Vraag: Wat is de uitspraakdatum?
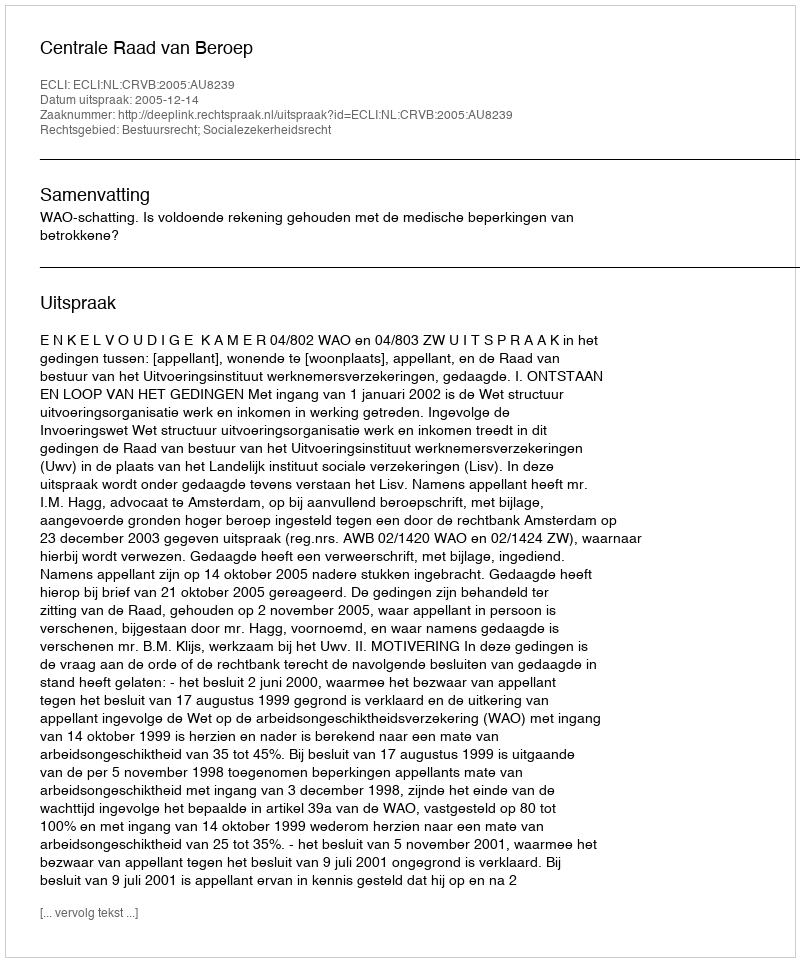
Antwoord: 2005-12-14